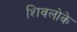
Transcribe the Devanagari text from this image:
शिवलोके